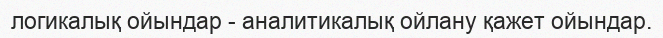
логикалық ойындар - аналитикалық ойлану қажет ойындар.